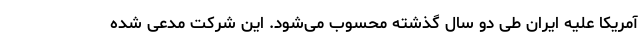
آمریکا علیه ایران طی دو سال گذشته محسوب می‌شود. این شرکت مدعی شده